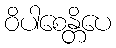
ဝိပါစေန္တိပေ